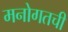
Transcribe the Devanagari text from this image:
मनोगतची